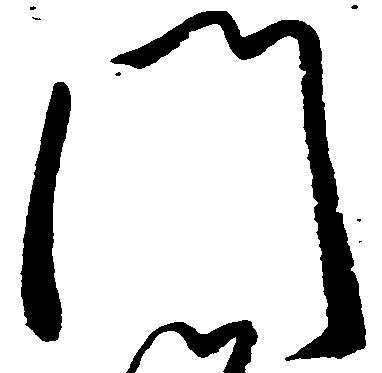
門